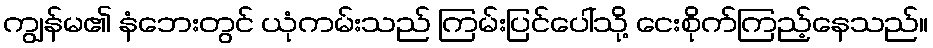
ကျွန်မ၏ နံဘေးတွင် ယုံကမ်းသည် ကြမ်းပြင်ပေါ်သို့ ငေးစိုက်ကြည့်နေသည်။